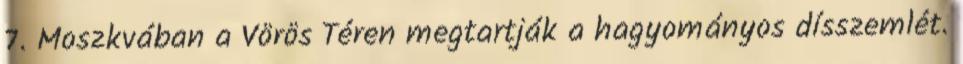
7. Moszkvában a Vörös Téren megtartják a hagyományos dísszemlét.